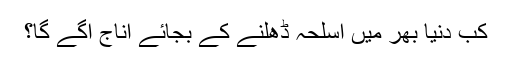
کب دنیا بھر میں اسلحہ ڈھلنے کے بجائے اناج اُگے گا؟